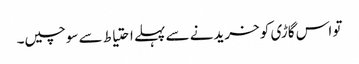
تو اس گاڑی کو خریدنے سے پہلے احتیاط سے سوچیں۔